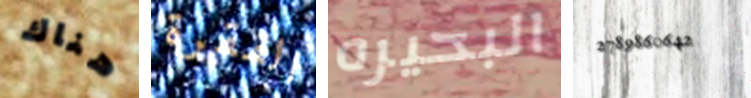
هناك الفقرة البحيره 2789860642